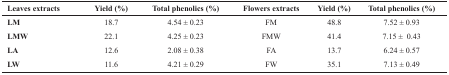
<table><thead><tr><td><b>Leaves extracts</b></td><td><b>Yield (%)</b></td><td><b>Total phenolics (%)</b></td><td><b>Flowers extracts</b></td><td><b>Yield (%)</b></td><td><b>Total phenolics (%)</b></td></tr></thead><tbody><tr><td><b>LM</b></td><td>18.7</td><td>4.54 ± 0.23</td><td>FM</td><td>48.8</td><td>7.52 ± 0.93</td></tr><tr><td><b>LMW</b></td><td>22.1</td><td>4.25 ± 0.23</td><td>FMW</td><td>41.4</td><td>7.15 ± 0.43</td></tr><tr><td><b>LA</b></td><td>12.6</td><td>2.08 ± 0.38</td><td>FA</td><td>13.7</td><td>6.24 ± 0.57</td></tr><tr><td><b>LW</b></td><td>11.6</td><td>4.21 ± 0.29</td><td>FW</td><td>35.1</td><td>7.13 ± 0.49</td></tr></tbody></table>